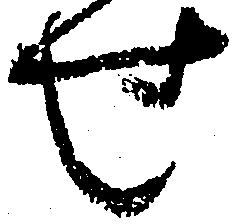
せ